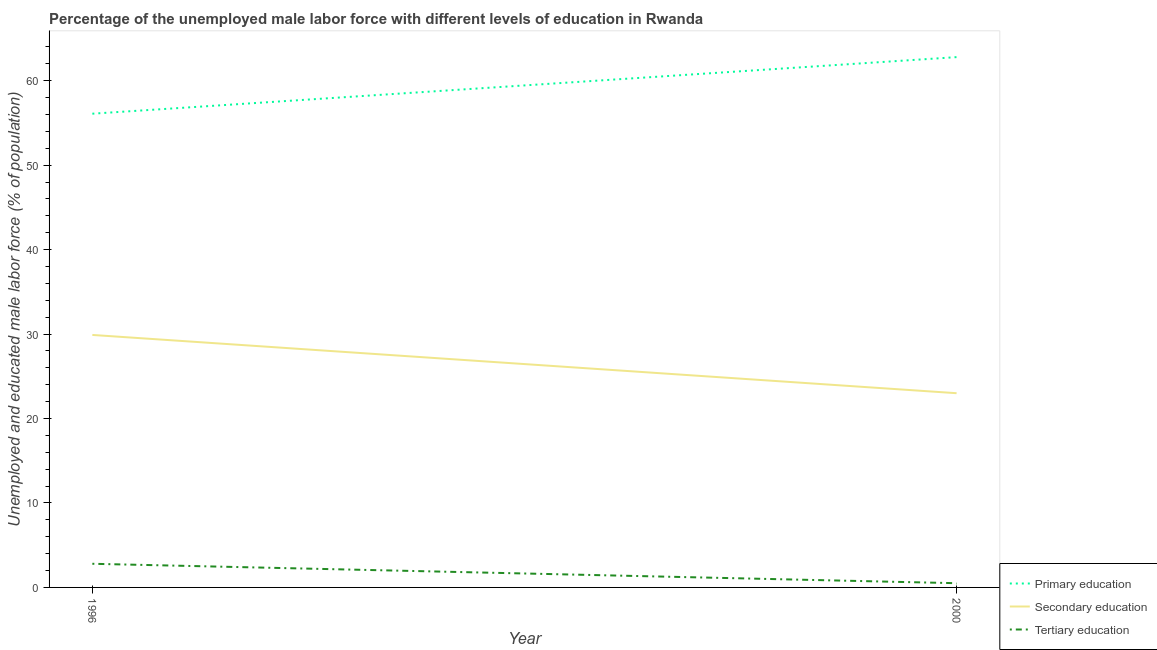
| Year | Primary education | Secondary education | Tertiary education |
 | --- | --- | --- | --- |
 | 1996 | 56.1 | 29.9 | 2.8 |
 | 2000 | 62.8 | 23 | 0.5 |